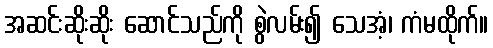
အဆင်းဆိုးဆိုး ဆောင်သည်ကို စွဲလမ်း၍ သေအံ့၊ ကံမထိုက်။